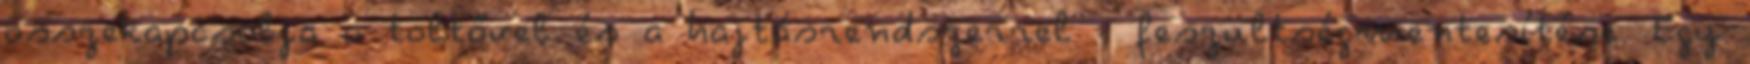
összekapcsolja a töltővel és a hajtásrendszerrel - feszültségmentesítése. Egy